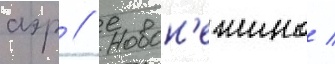
аэр // Новон'ежино /